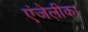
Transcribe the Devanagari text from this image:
एंजेलीका